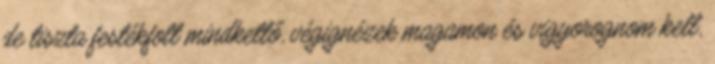
de tiszta festékfolt mindkettő, végignézek magamon és vigyorognom kell,